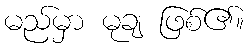
မည်မှာ မုချ ဖြစ်၏။